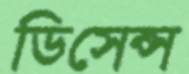
ডিসেন্স